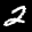
Label: 2